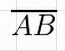
\overline{AB}